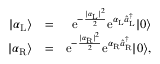
\begin{array} { r l r } { | \alpha _ { \mathrm { L } } \rangle } & { = } & { \mathrm { e } ^ { - \frac { | \alpha _ { \mathrm { L } } | ^ { 2 } } { 2 } } \mathrm { e } ^ { \alpha _ { \mathrm { L } } \hat { a } _ { \mathrm { L } } ^ { \dagger } } | 0 \rangle } \\ { | \alpha _ { \mathrm { R } } \rangle } & { = } & { \mathrm { e } ^ { - \frac { | \alpha _ { \mathrm { R } } | ^ { 2 } } { 2 } } \mathrm { e } ^ { \alpha _ { \mathrm { R } } \hat { a } _ { \mathrm { R } } ^ { \dagger } } | 0 \rangle , } \end{array}